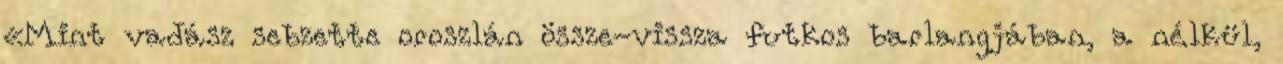
«Mint vadász sebzette oroszlán össze-vissza futkos barlangjában, a nélkül,